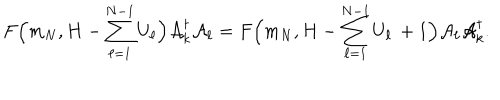
LaTeX: F \Big ( m _ { N } , H - \sum _ { \ell = 1 } ^ { N - 1 } { U } _ { \ell } \Big ) { \cal A } _ { k } ^ { \dagger } { \cal A } _ { \ell } = F \Big ( m _ { N } , H - \sum _ { \ell = 1 } ^ { N - 1 } { U } _ { \ell } \, + 1 \Big ) { \cal A } _ { \ell } { \cal A } _ { k } ^ { \dagger } .